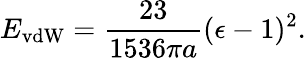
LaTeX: E_{\mathrm{vdW}}={\frac{23}{1536\pi a}}(\epsilon-1)^{2}.